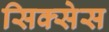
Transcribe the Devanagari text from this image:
सिक्सेस